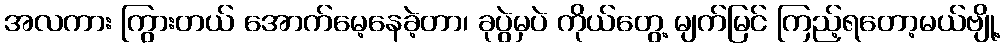
အလကား ကြွားတယ် အောက်မေ့နေခဲ့တာ၊ ခုပွဲမှပဲ ကိုယ်တွေ့ မျက်မြင် ကြည့်ရတော့မယ်ဗျို့